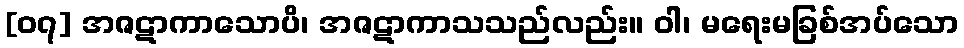
[၀၇] အဇဋာကာသောပိ၊ အဇဋာကာသသည်လည်း။ ဝါ၊ မရေးမခြစ်အပ်သော